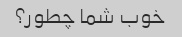
خوب شما چطور؟